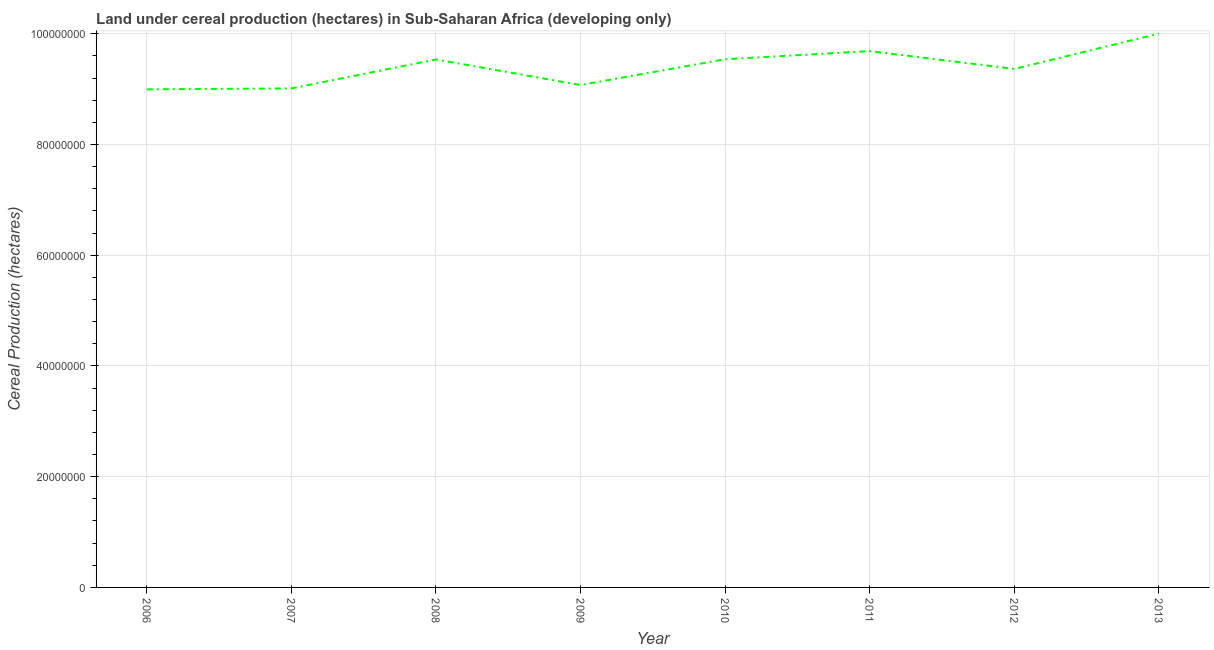
| Year | Land under cereal production (hectares) |
 | --- | --- |
 | 2006 | 9e+07 |
 | 2007 | 9.01e+07 |
 | 2008 | 9.54e+07 |
 | 2009 | 9.07e+07 |
 | 2010 | 9.54e+07 |
 | 2011 | 9.69e+07 |
 | 2012 | 9.37e+07 |
 | 2013 | 1e+08 |